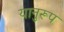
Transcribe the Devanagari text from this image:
यानुरूप